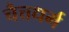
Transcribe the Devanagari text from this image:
चैत्तधर्म